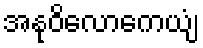
အနုဝိလောကေယျံ